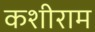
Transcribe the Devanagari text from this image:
कशीराम